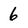
Character: 6